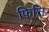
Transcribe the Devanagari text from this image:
फिसि